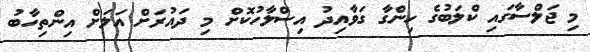
މި ޖަލްސާގައި ކްލަބުގެ ހިންގާ ގަވާއިދު އިސްލާހުކޮށް މި ދައުރަށް އަލަށް އިންތިހާބު